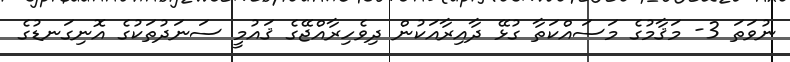
ނުވަތަ 3- މަޤާމުގެ މަސައްކަތާ ގުޅޭ ދާއިރާއަކުން ދިވެހިރާއްޖޭގެ ޤައުމީ ސަނަދުތަކުގެ އޮނިގަނޑުގެ